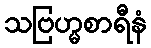
သဗြဟ္မစာရီနံ